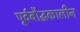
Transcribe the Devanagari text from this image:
पूर्वबौद्धकालीन